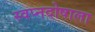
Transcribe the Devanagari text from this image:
स्वप्नदोषाला